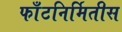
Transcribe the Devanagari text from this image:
फाँटनिर्मितीस